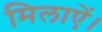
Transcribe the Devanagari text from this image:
मिलाऐं।